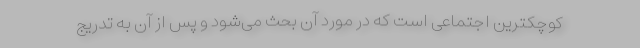
کوچکترین اجتماعی است که در مورد آن بحث می‌شود و پس از آن به تدریج